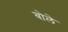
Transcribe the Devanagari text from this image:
बोलेे